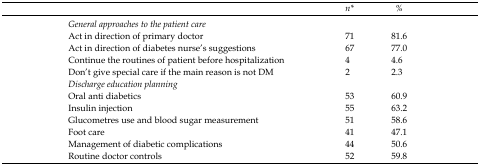
|  | n* | % |
 | --- | --- | --- |
 | <COLSPAN=3> General approaches to the patient care |
 | Act in direction of primary doctor | 71 | 81.6 |
 | Act in direction of diabetes nurse’s suggestions | 67 | 77.0 |
 | Continue the routines of patient before hospitalization | 4 | 4.6 |
 | Don’t give special care if the main reason is not DM | 2 | 2.3 |
 | <COLSPAN=3> Discharge education planning |
 | Oral anti diabetics | 53 | 60.9 |
 | Insulin injection | 55 | 63.2 |
 | Glucometres use and blood sugar measurement | 51 | 58.6 |
 | Foot care | 41 | 47.1 |
 | Management of diabetic complications | 44 | 50.6 |
 | Routine doctor controls | 52 | 59.8 |